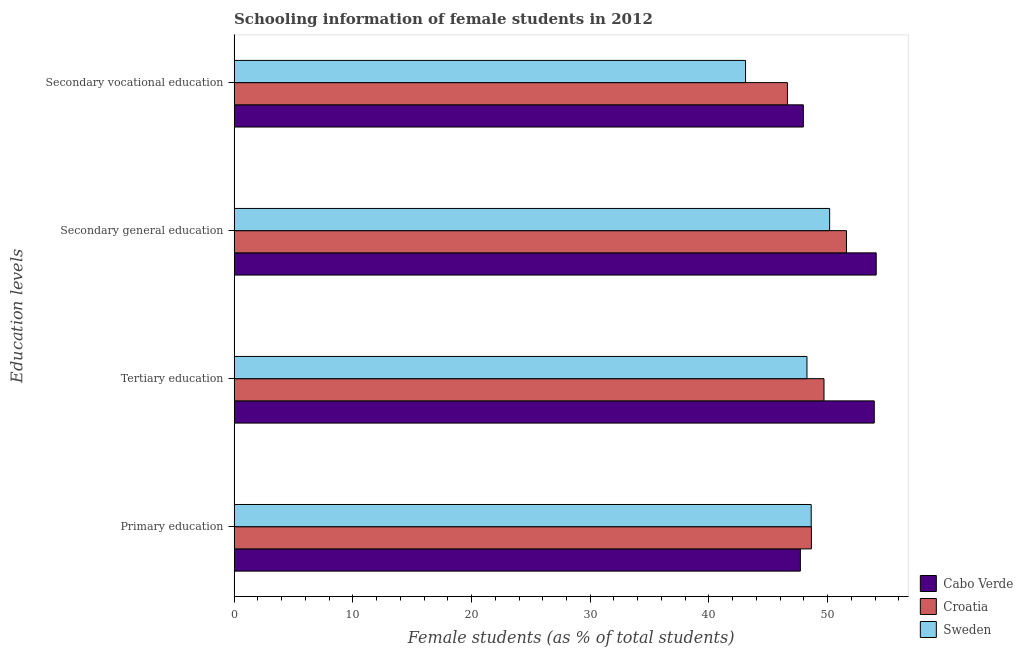
| Education levels | Cabo Verde | Croatia | Sweden |
 | --- | --- | --- | --- |
 | Primary education | 47.7 | 48.6 | 48.6 |
 | Tertiary education | 53.9 | 49.7 | 48.3 |
 | Secondary general education | 54.1 | 51.6 | 50.2 |
 | Secondary vocational education | 48 | 46.6 | 43.1 |